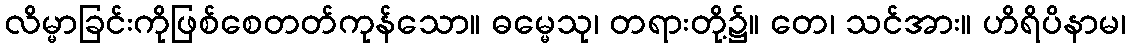
လိမ္မာခြင်းကိုဖြစ်စေတတ်ကုန်သော။ ဓမ္မေသု၊ တရားတို့၌။ တေ၊ သင်အား။ ဟိရိပိနာမ၊